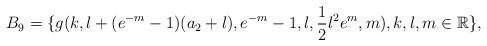
LaTeX: \begin{align*} B_{9}=\{g(k,l+(e^{-m}-1)(a_2+l),e^{-m}-1,l,\frac{1}{2}l^{2}e^{m},m),k,l,m \in \mathbb R\}, \end{align*}